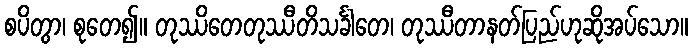
စပိတွာ၊ စုတေ၍။ တုဿိတေတုဿီတိသင်္ခါတေ၊ တုဿီတာနတ်ပြည်ဟုဆိုအပ်သော။